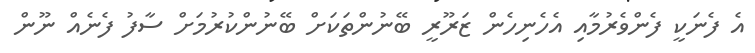
އެ ފެނަކީ ފެންވެރުމާއި އެހެނިހެން ޒަރޫރީ ބޭނުންތަކަށް ބޭނުންކުރުމަށް ސާފު ފެނެއް ނޫން